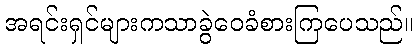
အရင်းရှင်များကသာခွဲဝေခံစားကြပေသည်။